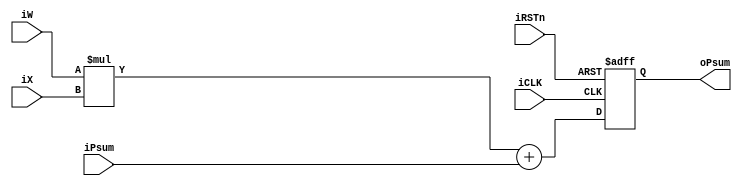
module pe #(parameter BW1=16, BW2=16)
	  (input iCLK, iRSTn, 
	  input signed [7:0] iW,
	  input signed [7:0] iX,
	  input signed [BW1-1:0] iPsum,
	  output reg signed [BW2-1:0] oPsum);





wire signed [15:0] inn1;
wire signed [BW2-1:0] inn2;


assign inn1 = iW * iX;
assign inn2 = inn1 + iPsum;


always@(posedge iCLK, negedge iRSTn)
begin
	if(!iRSTn) oPsum <=0;
	else oPsum <= inn2;
end



endmodule















//reg signed [7:0] iX0;

/*always@(posedge iCLK, negedge iRSTn)
begin
	if(!iRSTn) iX0 <=0;
	else iX0 <= iX;
end
*/